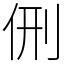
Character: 侀